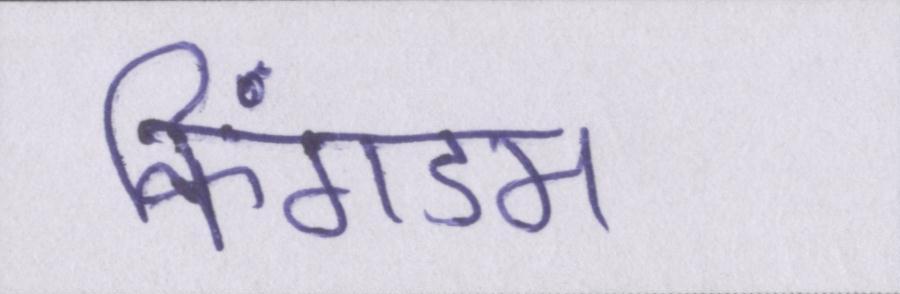
किंगडम